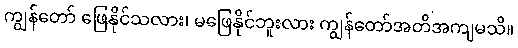
ကျွန်တော် ဖြေနိုင်သလား၊ မဖြေနိုင်ဘူးလား ကျွန်တော်အတိအကျမသိ။